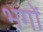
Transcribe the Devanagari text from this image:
भगों